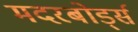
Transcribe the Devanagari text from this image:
मदरबोर्ड्स